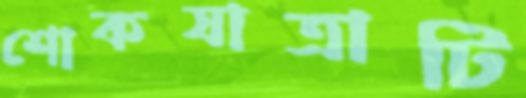
শোকযাত্রাটি